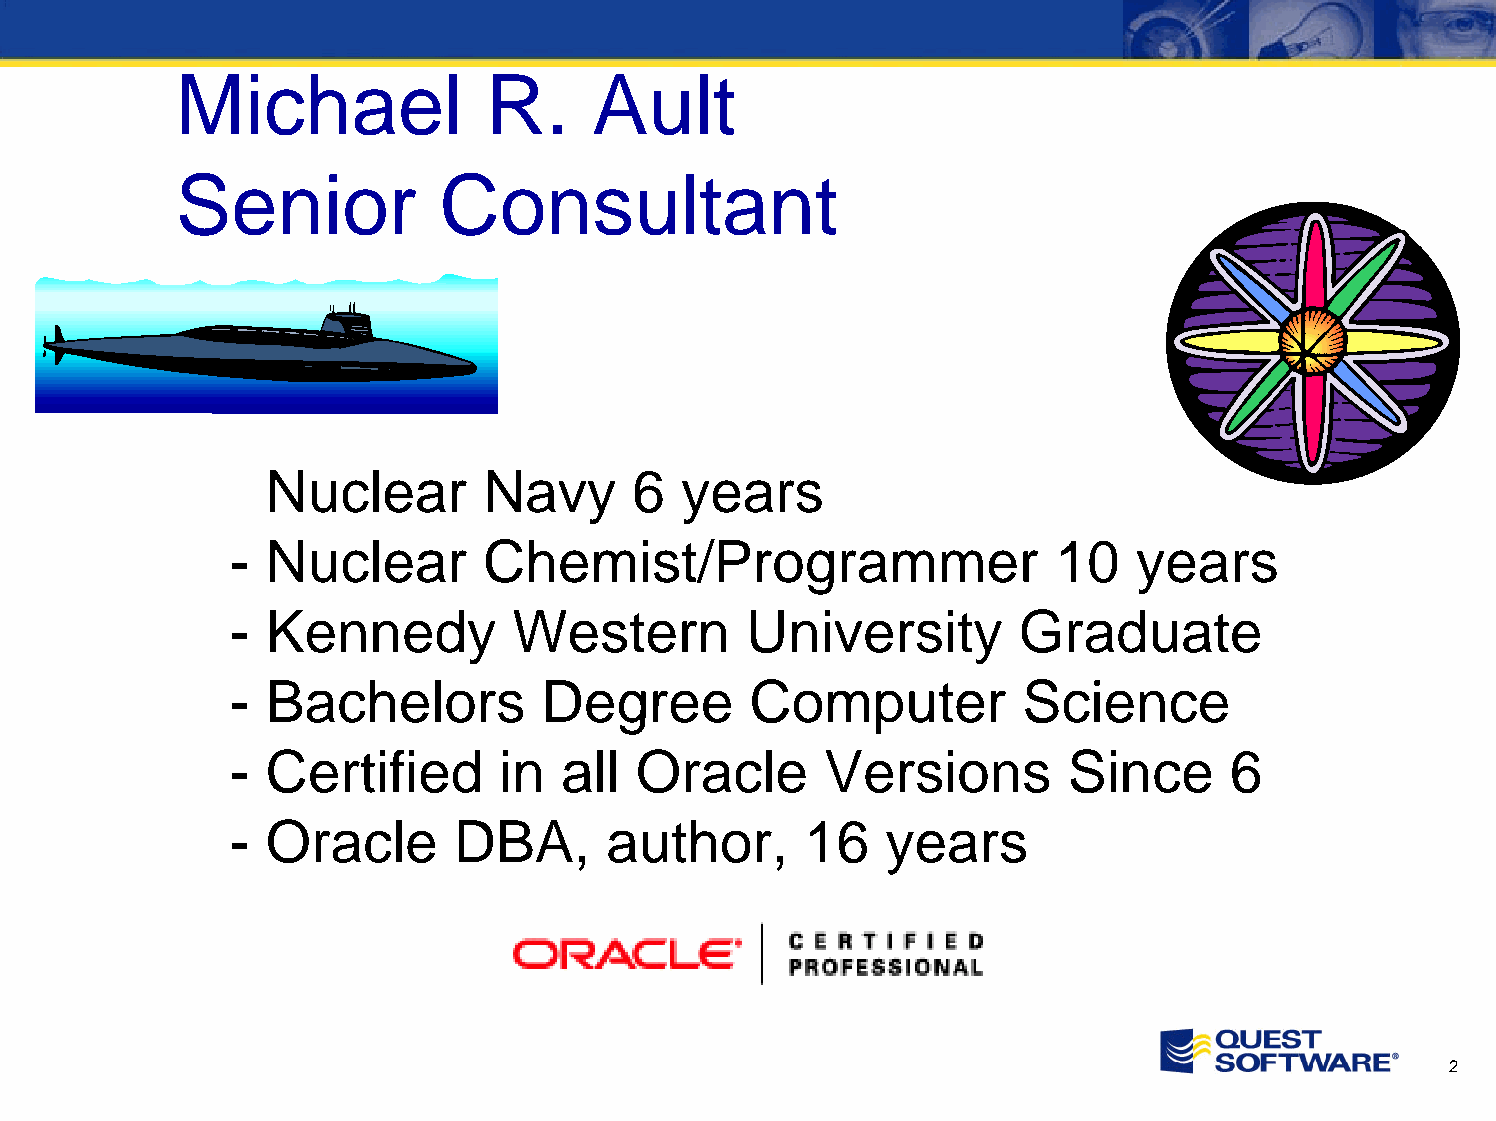
Michael             R.     Ault
 Senior           Consultant
 -  Nuclear       Navy      6  years
 -  Nuclear       Chemist/Programmer                    10   years
 -  Kennedy         Western        University         Graduate
 -  Bachelors         Degree        Computer          Science
 -  Certified      in  all  Oracle       Versions        Since      6
 -  Oracle      DBA,      author,      16    years
 2